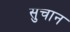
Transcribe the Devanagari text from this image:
सुचान